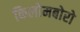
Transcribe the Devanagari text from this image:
किलोमबोरो